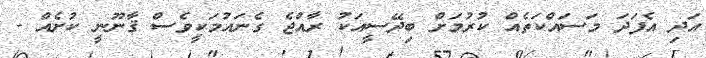
އަދި އެފަދަ މަސައްކަތެއް ކުރުމަށް ބިދޭސީއަކު ރާއްޖެ ގެނައުމަކީވެސް ޤާނޫނީ ކުށެއް -